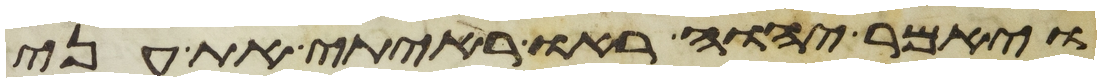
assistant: ויאמר יהוה ראו ראיתי את עני